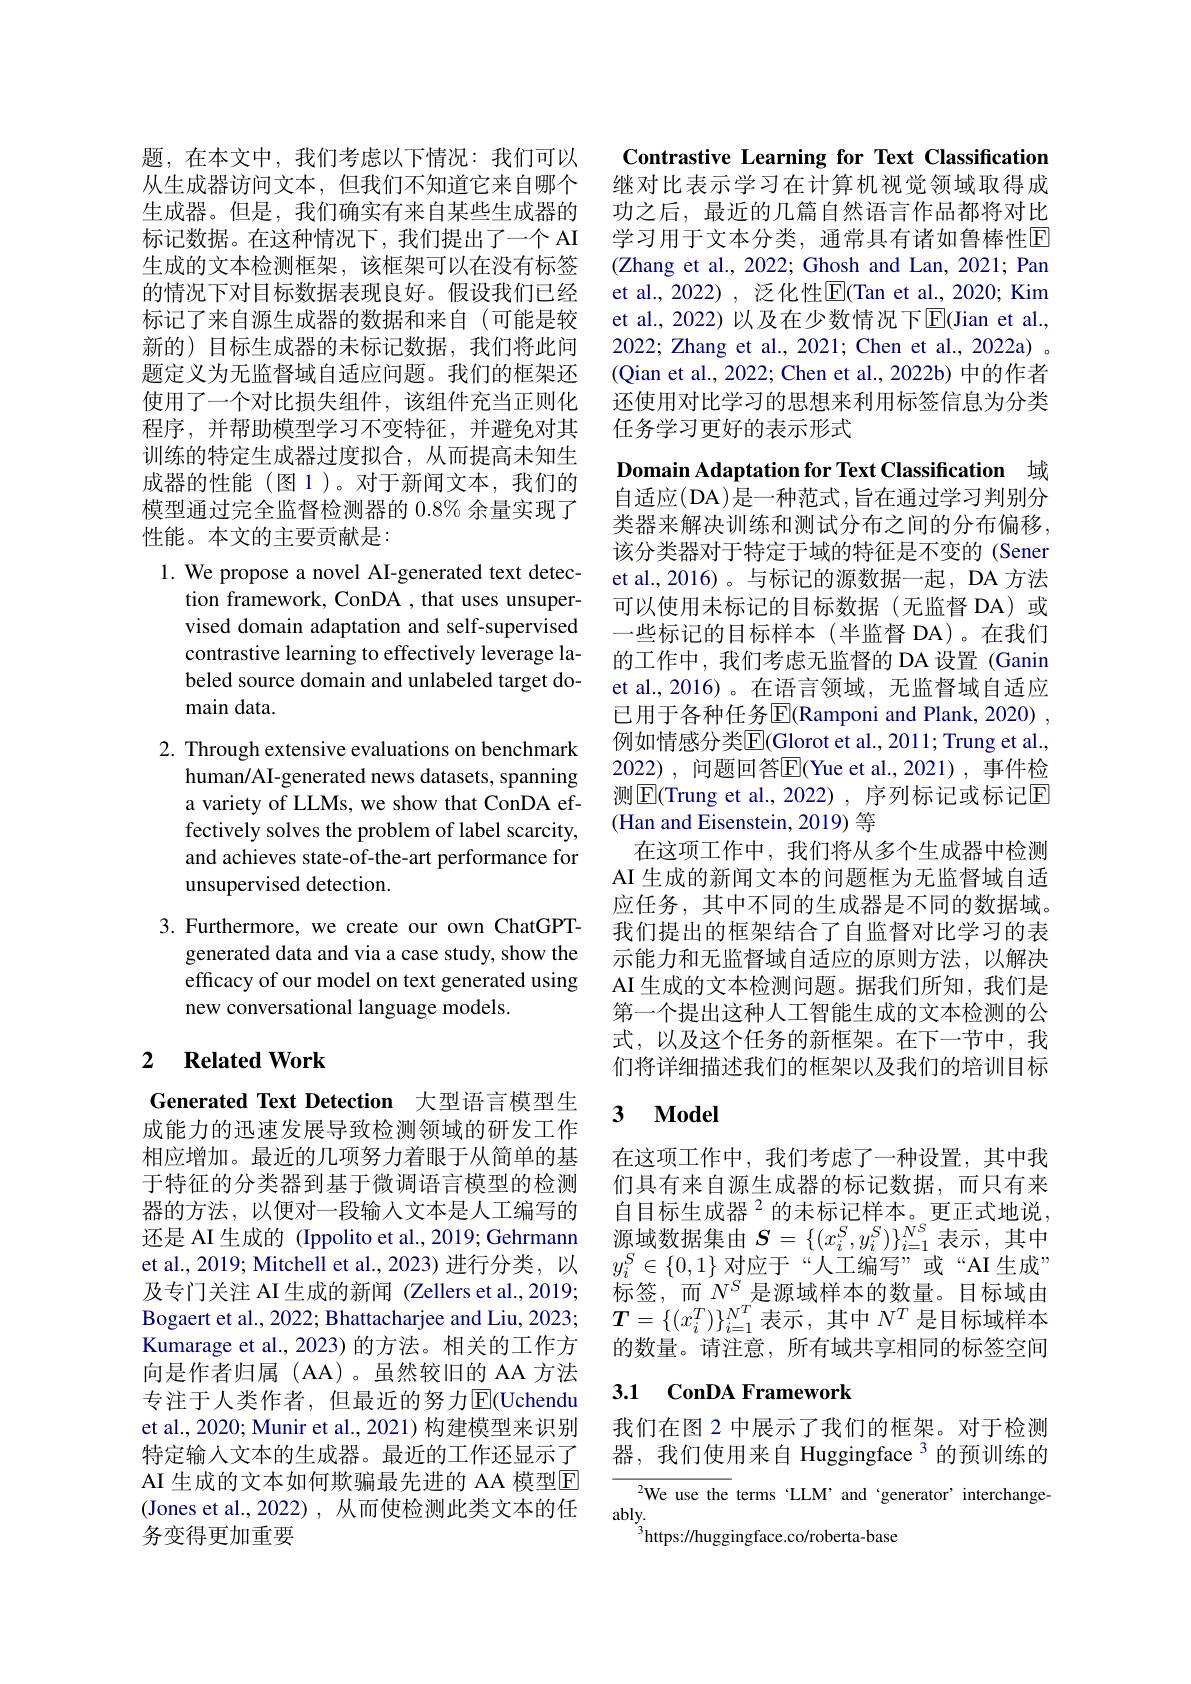
Contrastive Learning for Text Classification 继对比表示学习在计算机视觉领域取得成功之后，最近的几篇自然语言作品都将对比学习用于文本分类，通常具有诸如鲁棒性E (Zhang et al., 2022; Ghosh and Lan, 2021; Pan et al., 2022) , 泛化性$\overline{\mathrm{E}}($Tan et al., 2020; Kim et al., 2022) 以及在少数情况下$\overline{\mathrm{E}}($Jian et al., 2022; Zhang et al., 2021; Chen et al., 2022a) 。(Qian et al., 2022; Chen et al., 2022b) 中的作者还使用对比学习的思想来利用标签信息为分类任务学习更好的表示形式

题，在本文中，我们考虑以下情况：我们可以从生成器访问文本，但我们不知道它来自哪个生成器。但是，我们确实有来自某些生成器的标记数据。在这种情况下，我们提出了一个 AI 生成的文本检测框架，该框架可以在没有标签的情况下对目标数据表现良好。假设我们已经标记了来自源生成器的数据和来自(可能是较新的)目标生成器的未标记数据，我们将此问题定义为无监督域自适应问题。我们的框架还使用了一个对比损失组件，该组件充当正则化程序，并帮助模型学习不变特征，并避免对其训练的特定生成器过度拟合，从而提高未知生成器的性能(图1)。对于新闻文本，我们的模型通过完全监督检测器的$0.8\%$余量实现了性能。本文的主要贡献是：

1. We propose a novel AI-generated text detec-
tion framework, ConDA , that uses unsupervised domain adaptation and self-supervised contrastive learning to effectively leverage labeled source domain and unlabeled target domain data.

2. Through extensive evaluations on benchmark
human/AI-generated news datasets, spanning a variety of LLMs, we show that ConDA effectively solves the problem of label scarcity, and achieves state-of-the-art performance for unsupervised detection.

3. Furthermore, we create our own ChatGPT-
generated data and via a case study, show the efficacy of our model on text generated using new conversational language models.

## 2 Related Work

Generated Text Detection 大型语言模型生

成能力的迅速发展导致检测领域的研发工作相应增加。最近的几项努力着眼于从简单的基于特征的分类器到基于微调语言模型的检测器的方法，以便对一段输入文本是人工编写的还是 AI 生成的 (Ippolito et al., 2019; Gehrmann et al., 2019; Mitchell et al., 2023) 进行分类，以及专门关注 AI 生成的新闻 (Zellers et al.,2019; Bogaert et al., 2022; Bhattacharjee and Liu, 2023; Kumarage et al., 2023) 的方法。相关的工作方向是作者归属(AA)。虽然较旧的 AA 方法专注于人类作者，但最近的努力$\overline{\mathrm{E}}($Uchendu et al., 2020; Munir et al., 2021) 构建模型来识别特定输入文本的生成器。最近的工作还显示了AI 生成的文本如何欺骗最先进的 AA 模型$\boxed{\mathrm{E}}$ (Jones et al., 2022), 从而使检测此类文本的任务变得更加重要

Domain Adaptation for Text Classification 域自适应(DA)是一种范式，旨在通过学习判别分类器来解决训练和测试分布之间的分布偏移， 该分类器对于特定于域的特征是不变的 (Sener et al.,2016)。与标记的源数据一起，DA 方法可以使用未标记的目标数据(无监督 DA)或一些标记的目标样本(半监督 DA)。在我们的工作中，我们考虑无监督的 DA 设置 (Ganin et al.,2016)。在语言领域，无监督域自适应已用于各种任务$\overline{\mathrm{E}}($Ramponi and Plank, 2020) , 例如情感分类$\overline{\mathrm{E}}$(Glorot et al., 2011; Trung et al., 2022), 问题回答$\overline{\mathrm{E}}($Yue et al.,2021),事件检测|E(Trung et al., 2022), 序列标记或标记[E] (Han and Eisenstein, 2019) 等
在这项工作中，我们将从多个生成器中检测AI 生成的新闻文本的问题框为无监督域自适应任务，其中不同的生成器是不同的数据域。我们提出的框架结合了自监督对比学习的表示能力和无监督域自适应的原则方法，以解决AI 生成的文本检测问题。据我们所知，我们是第一个提出这种人工智能生成的文本检测的公式，以及这个任务的新框架。在下一节中，我们将详细描述我们的框架以及我们的培训目标

# 3 Model

在这项工作中，我们考虑了一种设置，其中我们具有来自源生成器的标记数据，而只有来自目标生成器$^{2}$的未标记样本。更正式地说， 源域数据集由$\boldsymbol{S}=\{(x_i^S,y_i^S)\}_{i=1}^{N^S}$表示 ,其中$y_i^S\in\{0,1\}$对应于“人工编写”或“AI 生成” 标签，而$N^S_{\pi}$是源域样本的数量。目标域由$\boldsymbol{T}=\{(x_i^T)\}_{i=1}^{N^T}$表示，其中$N^T$ 是目标域样本的数量。请注意，所有域共享相同的标签空间

## 3.1 ConDA Framework

我们在图 2 中展示了我们的框架。对于检测器，我们使用来自 Huggingface 3 的预训练的

We use the terms "LLM' and 'generator’interchange-
ably.
$^{3}$https://huggingface.co/roberta-base